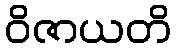
ဝိဇာယတိ